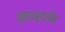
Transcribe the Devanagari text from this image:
आव्हाणे